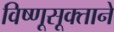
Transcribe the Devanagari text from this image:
विष्णूसूक्ताने